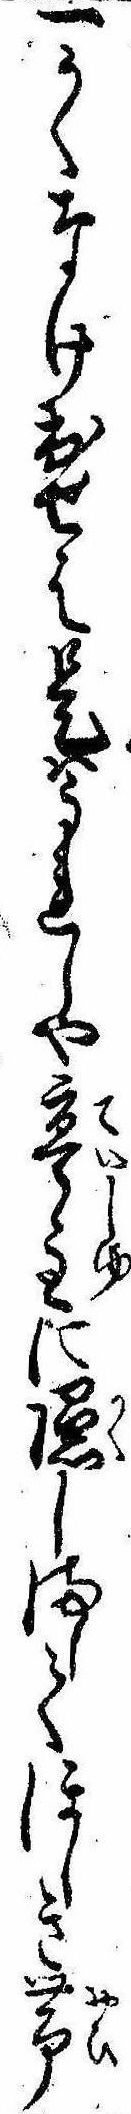
一かくなけ出せは是はうれしや亭主に隠しましてほしき帯